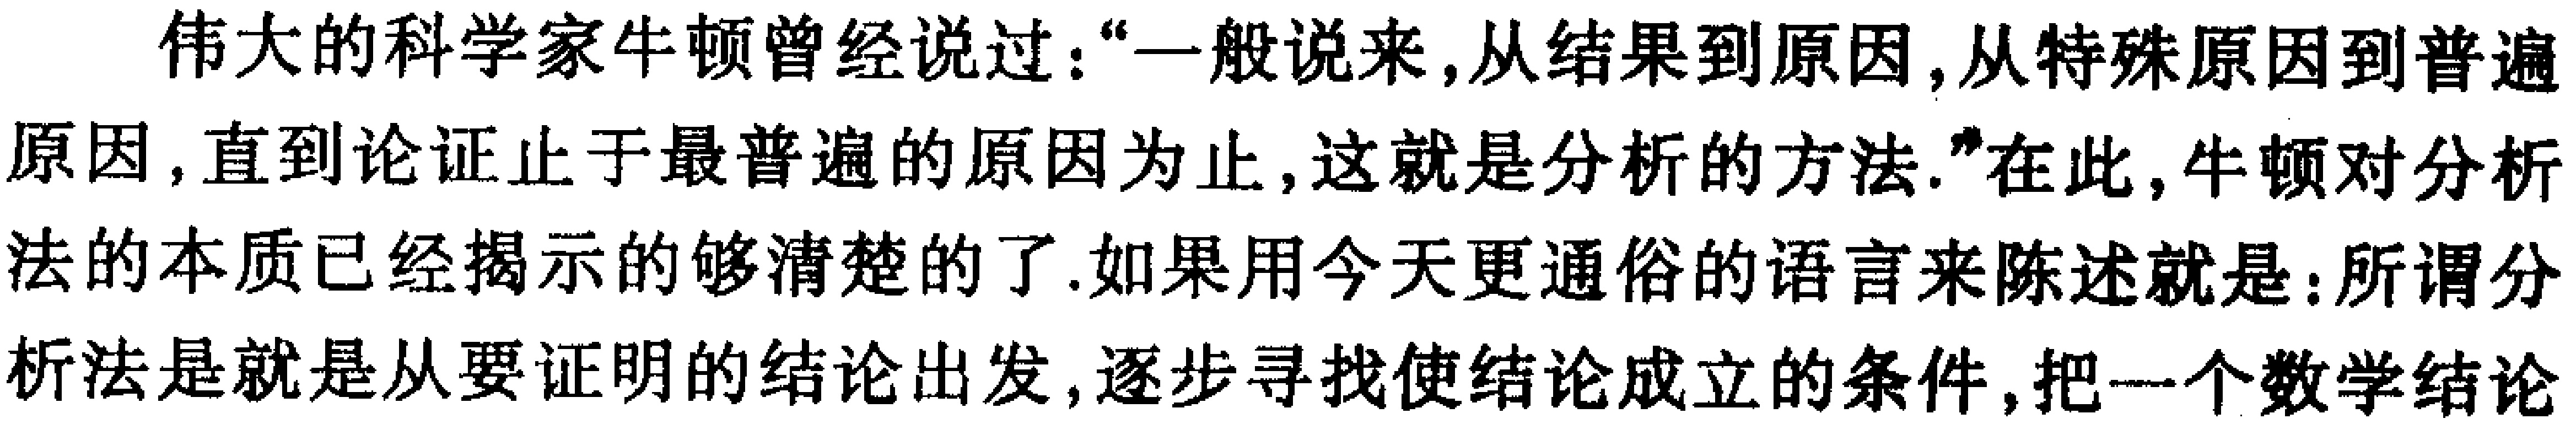
伟大的科学家牛顿曾经说过：“一般说来，从结果到原因，从特殊原因到普遍原因，直到论证止于最普遍的原因为止，这就是分析的方法.”在此，牛顿对分析法的本质已经揭示的够清楚的了.如果用今天更通俗的语言来陈述就是：所谓分析法是就是从要证明的结论出发，逐步寻找使结论成立的条件，把一个数学结论